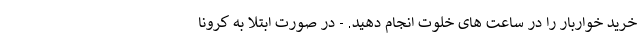
خرید خواربار را در ساعت های خلوت انجام دهید. - در صورت ابتلا به کرونا